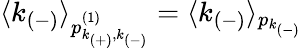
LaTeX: \langle k_{(-)}\rangle_{p_{k_{(+)},k_{(-)}}^{(1)}}=\langle k_{(-)}\rangle_{p_{k_{(-)}}}